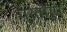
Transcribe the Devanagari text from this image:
प्रतीरूप